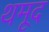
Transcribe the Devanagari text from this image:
थमूद